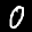
Label: 0